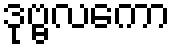
ဒုဗ္ဗလကော